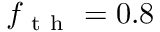
f _ { \mathrm { ~ t ~ h ~ } } = 0 . 8